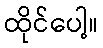
ထိုင်ပေါ့။